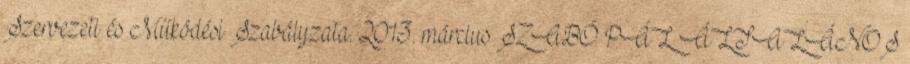
Szervezeti és Működési Szabályzata. 2013. március SZABÓ PÁL ÁLTALÁNOS